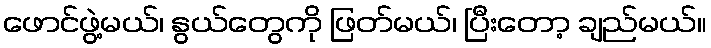
ဖောင်ဖွဲ့မယ်၊ နွယ်တွေကို ဖြတ်မယ်၊ ပြီးတော့ ချည်မယ်။